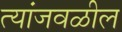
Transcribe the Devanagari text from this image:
त्यांजवळील